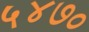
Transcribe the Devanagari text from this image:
५४७०